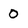
Character: 0